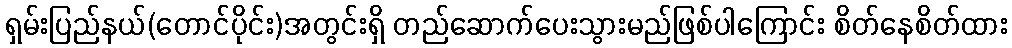
ရှမ်းပြည်နယ်(တောင်ပိုင်း)အတွင်းရှိ တည်ဆောက်ပေးသွားမည်ဖြစ်ပါကြောင်း စိတ်နေစိတ်ထား